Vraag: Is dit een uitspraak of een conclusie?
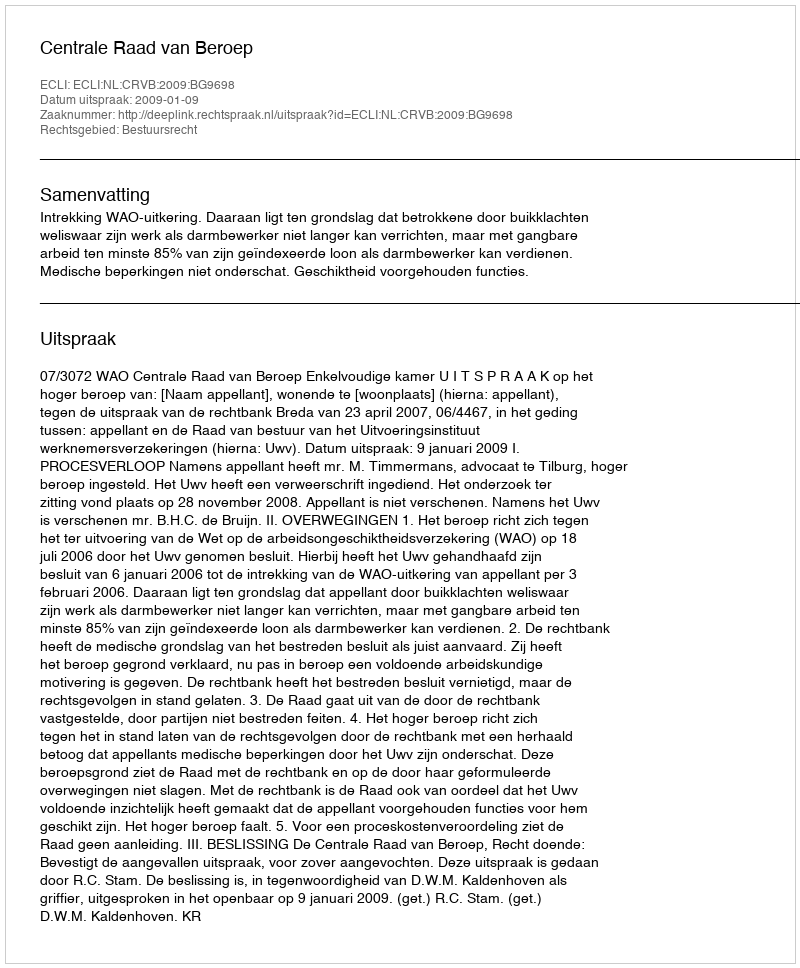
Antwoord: Uitspraak